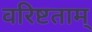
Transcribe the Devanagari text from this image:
वरिष्टताम्